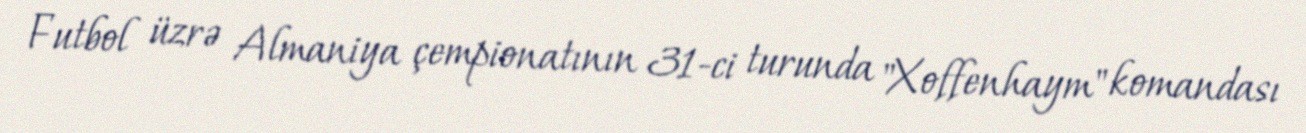
Futbol üzrə Almaniya çempionatının 31-ci turunda "Xoffenhaym" komandası